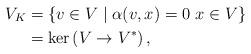
LaTeX: \begin{align*}V_{K} & =\{v\in V \mid \alpha(v,x)=0 \ x\in V\}\\ & = \ker\left( V\rightarrow V^{\ast} \right),\end{align*}